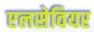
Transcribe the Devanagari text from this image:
एलसेवियर